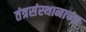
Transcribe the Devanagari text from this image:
तंत्रसंस्थानाच्या